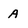
Character: A